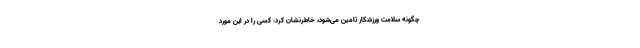
چگونه سلامت ورزشکار تامین می‌شود، خاطرنشان کرد: کسی را در این مورد